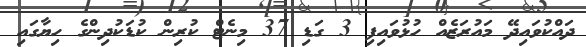
ދައްކުވައިދޭ މައުރަޒެއް ހުޅުވައިފި 3 ގަޑި 37 މިނެޓް ކުރިން ކުޑަކުދިންގެ ހިޔާގައި